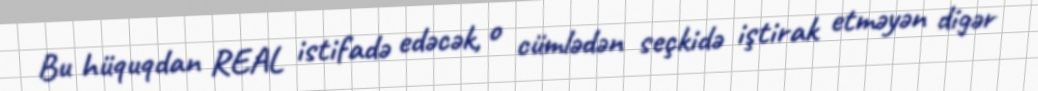
Bu hüquqdan REAL istifadə edəcək, o cümlədən seçkidə iştirak etməyən digər